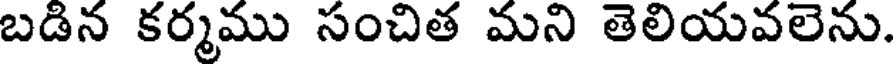
బడిన కర్మము సంచిత మని తెలియవలెను.